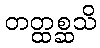
တတ္ထစ္ဆသိ